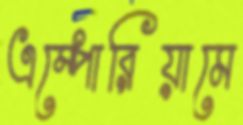
এম্পোরিয়ামে